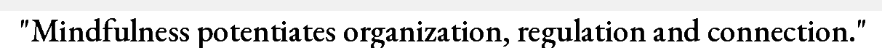
"Mindfulness potentiates organization, regulation and connection."